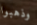
وذهبوا